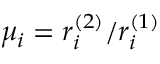
\mu _ { i } = r _ { i } ^ { ( 2 ) } / r _ { i } ^ { ( 1 ) }